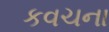
કવચના